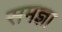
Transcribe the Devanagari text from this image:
समज्ञा